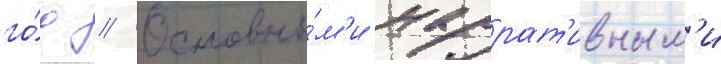
го́д // Основны́м'и наррат'ивным'и